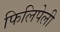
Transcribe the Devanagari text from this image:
फिलिपेली